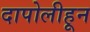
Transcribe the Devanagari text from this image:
दापोलीहून